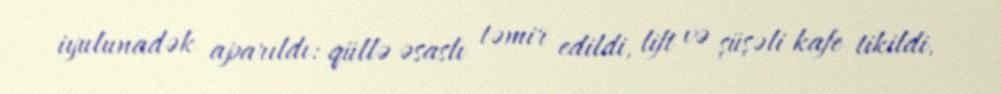
iyulunadək aparıldı: qüllə əsaslı təmir edildi, lift və şüşəli kafe tikildi,